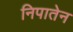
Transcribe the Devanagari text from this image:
निपातेन